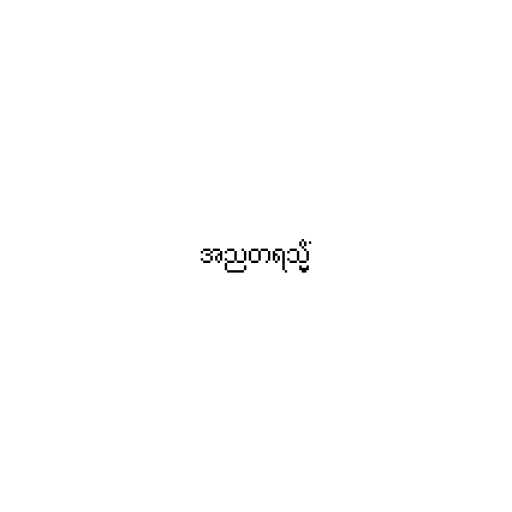
အညတရသ္မိံ